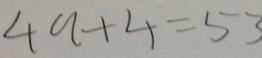
4 9 + 4 = 5 3